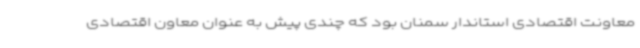
معاونت اقتصادی استاندار سمنان بود که چندی پیش به عنوان معاون اقتصادی